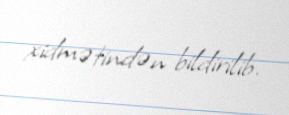
xidmətindən bildirilib.